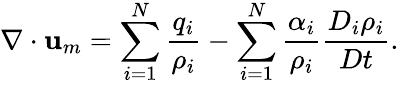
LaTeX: \nabla\cdot\mathbf{u}_{m}=\sum_{i=1}^{N}\frac{q_{i}}{\rho_{i}}-\sum_{i=1}^{N}\frac{\alpha_{i}}{\rho_{i}}\frac{D_{i}\rho_{i}}{Dt}.